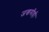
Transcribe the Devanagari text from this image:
जखमीही